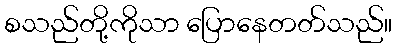
စသည်တို့ကိုသာ ပြောနေတတ်သည်။